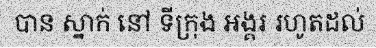
បាន ស្នាក់ នៅ ទីក្រុង អង្គរ រហូតដល់